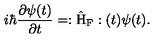
i \hbar \frac { \partial \psi ( t ) } { \partial t } = : \hat { \mathrm { H } } _ { \mathrm { F } } : ( t ) \psi ( t ) .